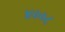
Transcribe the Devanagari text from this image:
४००८